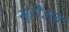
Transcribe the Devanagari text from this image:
सुहीअब